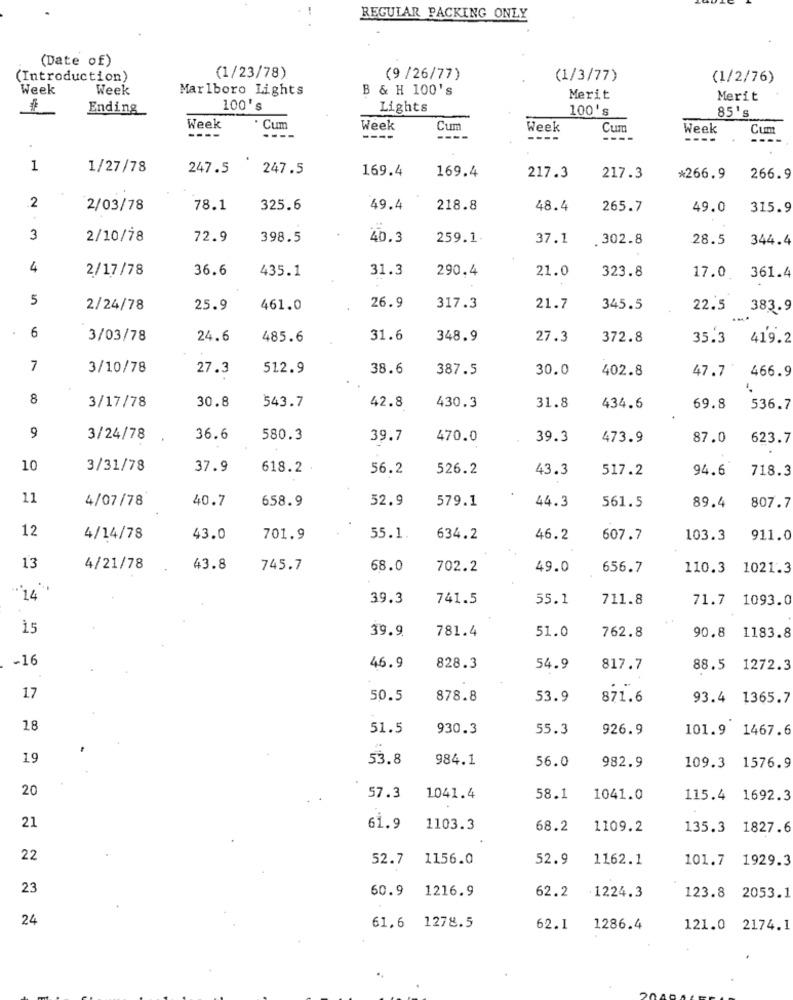
REGULAR PACKING ONLY
(Date of)
(Introduction)
(1/23/78)
(9 /26/77)
(1/3/77)
(1/2/76)
Week
Week
Marlboro Lights
B & H 100's
Merit
Merit
Ending
100's
Lights
100's
85 's
Week
' Cum
Week
Cun
Week
Cum
Week
Cum
---.
---
----
----
1
1/27/78
247.5
247.5
169.4
169.4
217.3
217.3
*266.9
266.9
.2
2/03/78
78.1
325.6
49.4
218.8
48.4
265.7
49.0
315.9
3
2/10/78
72.9
398.5
40.3
259.1
37.1
. 302.8
28.5
344.4
4
2/17/78
36.6
435.1
31.3
290.4
21.0
323.8
17.0
361.4
5
2/24/78
25.9
461.0
26.9
317.3
21.7
345.5
22.5
383.9
...
6
3/03/78
24.6
485.6
31.6
348.9
27.3
372.8
35.3
419.2
7
3/10/78
27.3
512.9
38.6
387.5
30.0
402.8
47.7
466.9
8
3/17/78
30.8
543.7
42.8
430.3
31.8
434.6
69.8
536.7
9
3/24/78
36.6
580.3
39.7
470.0
39.3
473.9
87.0
623.7
10
3/31/78
37.9
618.2
56.2
526.2
43.3
517.2
94.6
718.3
11
4/07/78
40.7
658.9
52.9
579.1
44.3
561.5
89.4
807.7
12
4/14/78
43.0
701.9
55.1.
634.2
46.2
607.7
103.3
911.0
13
4/21/78
43.8
745.7
68.0
702.2
49.0
656.7
110.3
1021.3
39.3
741.5
55.1
711.8
71.7
1093.0
15
39.9
781.4
762.8
51.0
90.8
1183.8
-16
46.9
828.3
54.9
817.7
88.5 1272.3
17
50.5
878.8
53.9
871.6
93.4 1365.7
18
51.5
930.3
55.3
926.9
101.9 1467.6
19
53.8
984.1
56.0
982.9
109.3 1576.9
20
57.3
1041.4
58.1
1041.0
115.4
1692.3
21
61.9
1103.3
68.2
1109.2
135.3
1827.6
22
52.7 1156.0
52.9
1162.1
101.7
1929.3
23
60.9
1216.9
62.2
. 1224.3
123.8
2053.1
24
61,6 1278.5
62.1
1286.4
121.0 2174.1
..